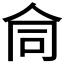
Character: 𬽽